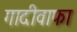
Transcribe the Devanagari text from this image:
गादीवाफा